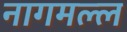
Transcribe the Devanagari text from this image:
नागमल्ल